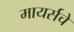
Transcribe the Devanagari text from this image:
मायर्सचे